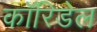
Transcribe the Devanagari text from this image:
कॉरिडेल